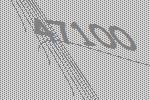
47100